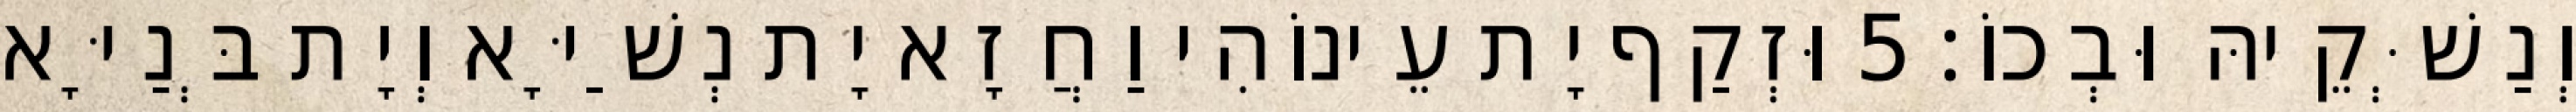
וְנַשְּׁקֵיהּ וּבְכוֹ׃ 5 וּזְקַף יָת עֵינוֹהִי וַחֲזָא יָת נְשַׁיָּא וְיָת בְּנַיָּא